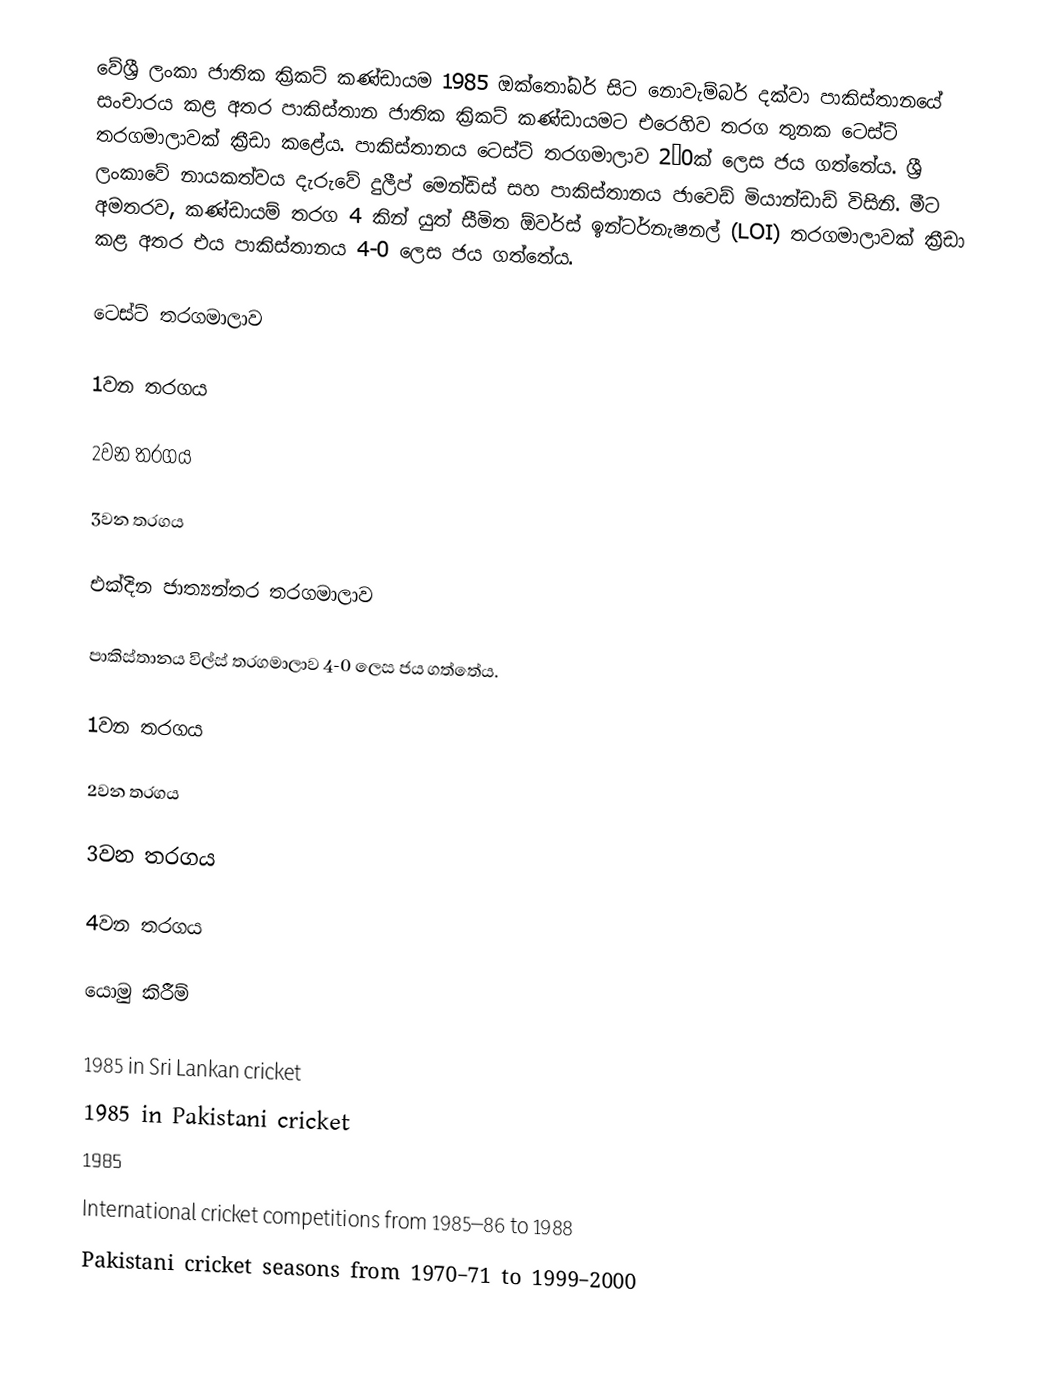
වේශ්‍රී ලංකා ජාතික ක්‍රිකට් කණ්ඩායම 1985 ඔක්තෝබර් සිට නොවැම්බර් දක්වා පාකිස්තානයේ සංචාරය කළ අතර පාකිස්තාන ජාතික ක්‍රිකට් කණ්ඩායමට එරෙහිව තරග තුනක ටෙස්ට් තරගමාලාවක් ක්‍රීඩා කළේය. පාකිස්තානය ටෙස්ට් තරගමාලාව 2–0ක් ලෙස ජය ගත්තේය. ශ්‍රී ලංකාවේ නායකත්වය දැරුවේ දුලීප් මෙන්ඩිස් සහ පාකිස්තානය ජාවෙඩ් මියාන්ඩාඩ් විසිනි. මීට අමතරව, කණ්ඩායම් තරග 4 කින් යුත් සීමිත ඕවර්ස් ඉන්ටර්නැෂනල් (LOI) තරගමාලාවක් ක්‍රීඩා කළ අතර එය පාකිස්තානය 4-0 ලෙස ජය ගත්තේය.

ටෙස්ට් තරගමාලාව

1වන තරගය

2වන තරගය

3වන තරගය

එක්දින ජාත්‍යන්තර තරගමාලාව

පාකිස්තානය විල්ස් තරගමාලාව 4-0 ලෙස ජය ගත්තේය.

1වන තරගය

2වන තරගය

3වන තරගය

4වන තරගය

යොමු කිරීම්

1985 in Sri Lankan cricket
1985 in Pakistani cricket
1985
International cricket competitions from 1985–86 to 1988
Pakistani cricket seasons from 1970–71 to 1999–2000